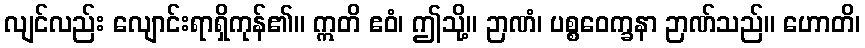
လျင်လည်း လျောင်းရာရှိကုန်၏။ ဣတိ ဧဝံ၊ ဤသို့။ ဉာဏံ၊ ပစ္စဝေက္ခနာ ဉာဏ်သည်။ ဟောတိ၊